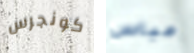
كونجرس عباس